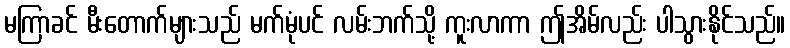
မကြာခင် မီးတောက်များသည် မက်မုံပင် လမ်းဘက်သို့ ကူးလာကာ ဤအိမ်လည်း ပါသွားနိုင်သည်။